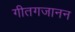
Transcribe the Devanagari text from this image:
गीतगजानन